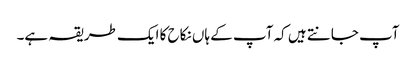
آپ جانتے ہیں کہ آپ کے ہاں نکاح کا ایک طریقہ ہے۔